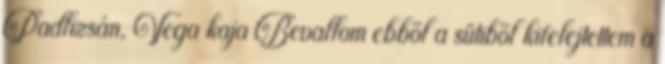
Padlizsán, Vega kaja Bevallom ebből a sütiből kifelejtettem a